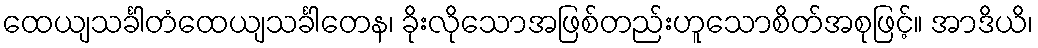
ထေယျသင်္ခါတံထေယျသင်္ခါတေန၊ ခိုးလိုသောအဖြစ်တည်းဟူသောစိတ်အစုဖြင့်။ အာဒိယိ၊